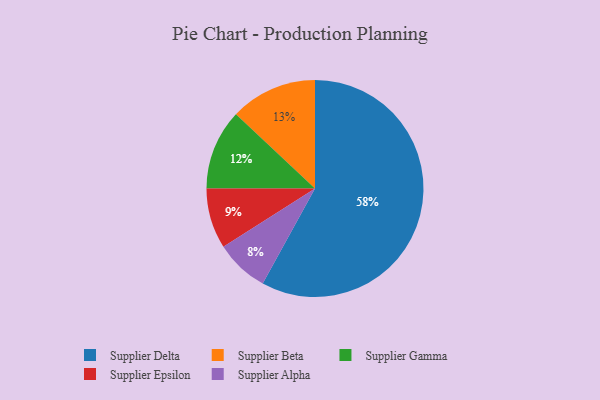
{"axis": {"x": "Category", "y": "Percentage"}, "legend": ["Supplier Alpha", "Supplier Beta", "Supplier Delta", "Supplier Epsilon", "Supplier Gamma"], "data": [{"x": "Supplier Alpha", "y": 8, "type": "Supplier Alpha"}, {"x": "Supplier Delta", "y": 58, "type": "Supplier Delta"}, {"x": "Supplier Beta", "y": 13, "type": "Supplier Beta"}, {"x": "Supplier Gamma", "y": 12, "type": "Supplier Gamma"}, {"x": "Supplier Epsilon", "y": 9, "type": "Supplier Epsilon"}]}